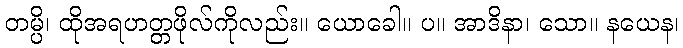
တမ္ပိ၊ ထိုအရဟတ္တဖိုလ်ကိုလည်း။ ယောခေါ။ ပ။ အာဒိနာ၊ သော။ နယေန၊